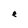
Character: e